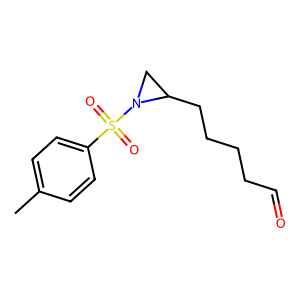
SMILES: Cc1ccc(S(=O)(=O)N2CC2CCCCC=O)cc1
Inhibits HIV replication: No